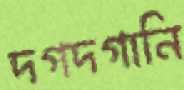
দগদগানি